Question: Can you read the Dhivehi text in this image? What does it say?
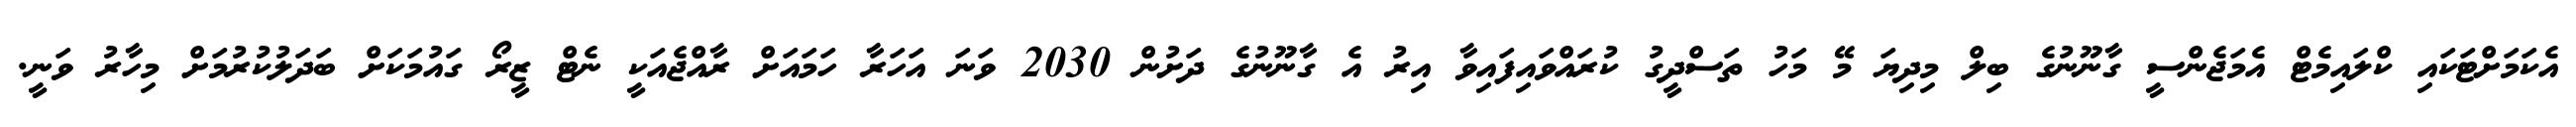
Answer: އެކަމަށްޓަކައި ކްލައިމެޓް އެމަޖެންސީ ގާނޫނުގެ ބިލް މިދިޔަ މޭ މަހު ތަސްދީގު ކުރައްވައިފައިވާ އިރު އެ ގާނޫނުގެ ދަށުން 2030 ވަނަ އަހަރާ ހަމައަށް ރާއްޖެއަކީ ނެޓް ޒީރޯ ގައުމަކަށް ބަދަލުކުރުމަށް މިހާރު ވަނީ.